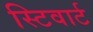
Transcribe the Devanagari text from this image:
स्टिवार्ट